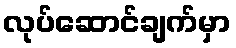
လုပ်ဆောင်ချက်မှာ